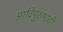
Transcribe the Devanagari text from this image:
आदिपुरुषाची